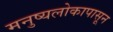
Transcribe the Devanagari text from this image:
मनुष्यलोकापासून